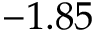
- 1 . 8 5